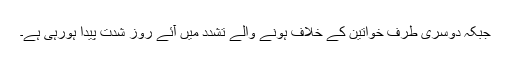
جبکہ دوسری طرف خواتین کے خلاف ہونے والے تشدد میں آئے روز شدت پیدا ہورہی ہے۔